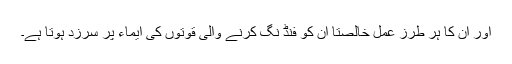
اور ان کا ہر طرز عمل خالصتاً ان کو فنڈ نگ کرنے والی قوتوں کی ایماء پر سرزد ہوتا ہے۔